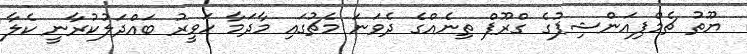
ޔޫތު ޗެމްޕިއަންޝިޕުގެ ގްރޫޕް ތިނެއްގެ ދެވަނަ މެޗުގައި މާދަމާ ހަވީރު ބައްދަލުކުރާނީ ކެލާ